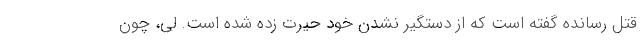
قتل رسانده گفته است که از دستگیر نشدن خود حیرت زده شده است. لی، چون